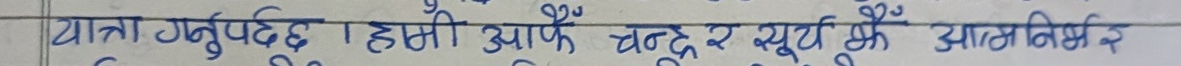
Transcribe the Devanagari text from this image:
यात्रा गर्नुपर्छ। हामी आफैँ चन्द्र र सूर्य झैं आत्मनिर्भर हौं।